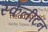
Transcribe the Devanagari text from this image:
स्केलीटन